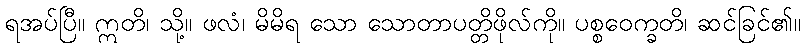
ရအပ်ပြီ။ ဣတိ၊ သို့။ ဖလံ၊ မိမိရ သော သောတာပတ္တိဖိုလ်ကို။ ပစ္စဝေက္ခတိ၊ ဆင်ခြင်၏။